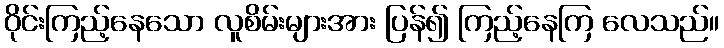
ဝိုင်းကြည့်နေသော လူစိမ်းများအား ပြန်၍ ကြည့်နေကြ လေသည်။